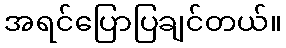
အရင်ပြောပြချင်တယ်။